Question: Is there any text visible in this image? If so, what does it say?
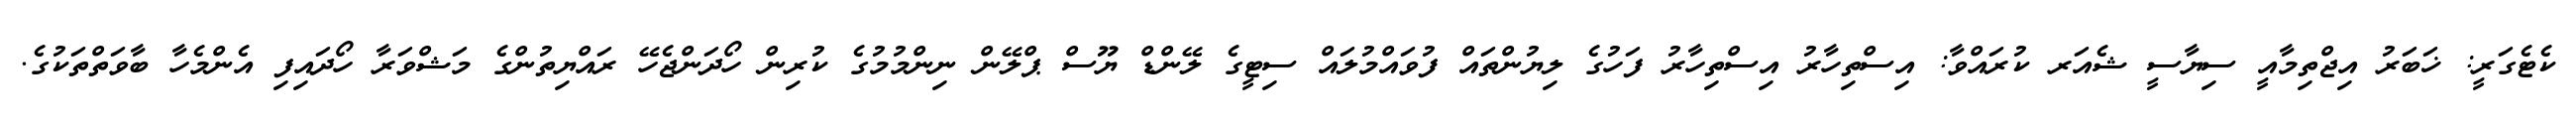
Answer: ކެޓެގަރީ: ޚަބަރު އިޖްތިމާއީ ސިޔާސީ ޝެއަރ ކުރައްވާ: އިސްތިހާރު އިސްތިހާރު ފަހުގެ ލިޔުންތައް ފުވައްމުލައް ސިޓީގެ ލޭންޑް ޔޫސް ޕްލޭން ނިންމުމުގެ ކުރިން ހޯދަންޖެހޭ ރައްޔިތުންގެ މަޝްވަރާ ހޯދައިފި އެންމެހާ ބާވަތްތަކުގެ.